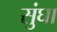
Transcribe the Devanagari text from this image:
सुंघा